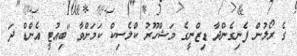
ގެ ރޯލުން ފެނިގެންދާ ޑިޒްނީގެ މަޝްހޫރު ކްލެސިކް ކަމަށްވާ "ބިއުޓީ އެންޑް ދަ